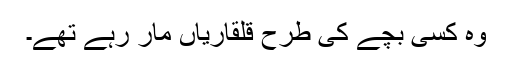
وہ کسی بچے کی طرح قلقاریاں مار رہے تھے۔